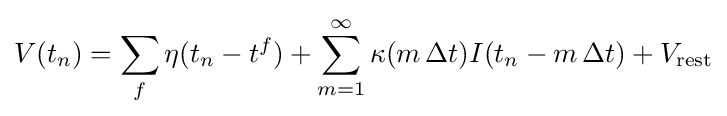
V(t_{n})=\sum _{f}\eta (t_{n}-t^{f})+\sum _{m=1}^{\infty }\kappa (m\,\Delta t)I(t_{n}-m\,\Delta t)+V_{\mathrm {rest} }